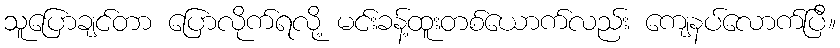
သူပြောချင်တာ ပြောလိုက်ရလို့ မင်းခန့်ထူးတစ်ယောက်လည်း ကျေနပ်လောက်ပြီ။